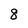
Character: 8